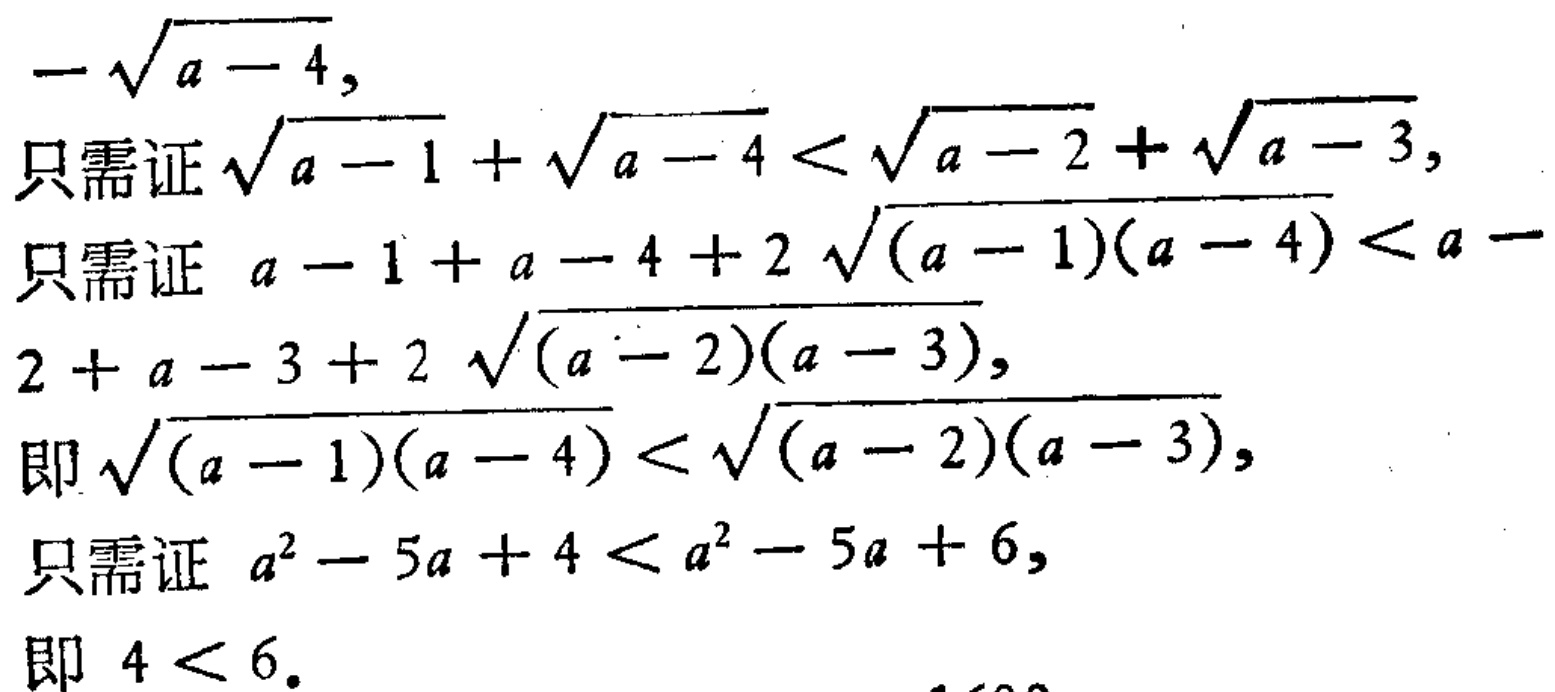
\[
-\sqrt{a - 4},
\]
\[
\text{只需证 }\sqrt{a - 1}+\sqrt{a - 4}<\sqrt{a - 2}+\sqrt{a - 3},
\]
\[
\text{只需证 }a - 1+a - 4+2\sqrt{(a - 1)(a - 4)}<a - 2+a - 3+2\sqrt{(a - 2)(a - 3)},
\]
\[
\text{即 }\sqrt{(a - 1)(a - 4)}<\sqrt{(a - 2)(a - 3)},
\]
\[
\text{只需证 }a^{2}-5a + 4<a^{2}-5a + 6,
\]
\[
\text{即 }4<6.
\]